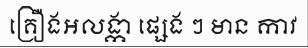
គ្រឿងអលង្កា ផ្សេង ៗ មាន កាវ